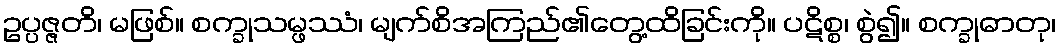
ဥပ္ပဇ္ဇတိ၊ မဖြစ်။ စက္ခုသမ္ဖဿံ၊ မျက်စိအကြည်၏တွေ့ထိခြင်းကို။ ပဋိစ္စ၊ စွဲ၍။ စက္ခုဓာတု၊